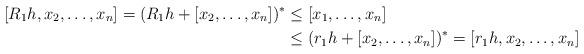
LaTeX: \begin{align*} [R_1h,x_2,\dots,x_n]= (R_1h+[x_2,\dots,x_n])^* &\leq [x_1,\dots,x_n]\\ &\leq (r_1h+[x_2,\dots,x_n])^* =[r_1h,x_2,\dots,x_n] \end{align*}